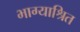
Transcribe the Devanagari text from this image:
भाग्याश्रित